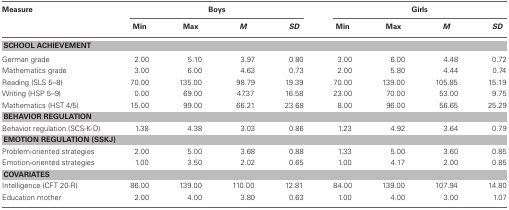
<table><thead><tr><td><b>Measure</b></td><td colspan="4"><b>Boys</b></td><td colspan="4"><b>Girls</b></td></tr><tr><td></td><td><b>Min</b></td><td><b>Max</b></td><td><b><i>M</i></b></td><td><b><i>SD</i></b></td><td><b>Min</b></td><td><b>Max</b></td><td><b><i>M</i></b></td><td><b><i>SD</i></b></td></tr></thead><tbody><tr><td colspan="9"><b>SCHOOL ACHIEVEMENT</b></td></tr><tr><td>German grade</td><td>2.00</td><td>5.10</td><td>3.97</td><td>0.80</td><td>3.00</td><td>6.00</td><td>4.48</td><td>0.72</td></tr><tr><td>Mathematics grade</td><td>3.00</td><td>6.00</td><td>4.63</td><td>0.73</td><td>2.00</td><td>5.80</td><td>4.44</td><td>0.74</td></tr><tr><td>Reading (SLS 5–8)</td><td>70.00</td><td>135.00</td><td>98.79</td><td>19.39</td><td>70.00</td><td>139.00</td><td>105.85</td><td>15.19</td></tr><tr><td>Writing (HSP 5–9)</td><td>0.00</td><td>69.00</td><td>47.37</td><td>16.58</td><td>23.00</td><td>70.00</td><td>53.00</td><td>9.75</td></tr><tr><td>Mathematics (HST 4/5)</td><td>15.00</td><td>99.00</td><td>66.21</td><td>23.68</td><td>8.00</td><td>96.00</td><td>56.65</td><td>25.29</td></tr><tr><td colspan="9"><b>BEHAVIOR REGULATION</b></td></tr><tr><td>Behavior regulation (SCS-K-D)</td><td>1.38</td><td>4.38</td><td>3.03</td><td>0.86</td><td>1.23</td><td>4.92</td><td>3.64</td><td>0.79</td></tr><tr><td colspan="9"><b>EMOTION REGULATION (SSKJ)</b></td></tr><tr><td>Problem-oriented strategies</td><td>2.00</td><td>5.00</td><td>3.68</td><td>0.88</td><td>1.33</td><td>5.00</td><td>3.60</td><td>0.85</td></tr><tr><td>Emotion-oriented strategies</td><td>1.00</td><td>3.50</td><td>2.02</td><td>0.65</td><td>1.00</td><td>4.17</td><td>2.00</td><td>0.85</td></tr><tr><td colspan="9"><b>COVARIATES</b></td></tr><tr><td>Intelligence (CFT 20-R)</td><td>86.00</td><td>139.00</td><td>110.00</td><td>12.81</td><td>84.00</td><td>139.00</td><td>107.94</td><td>14.80</td></tr><tr><td>Education mother</td><td>2.00</td><td>4.00</td><td>3.80</td><td>0.63</td><td>1.00</td><td>4.00</td><td>3.00</td><td>1.07</td></tr></tbody></table>